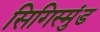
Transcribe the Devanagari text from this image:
सिगिस्मुंड